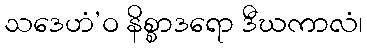
သဒေဟံ’ဝ နိစ္စာဒရော ဒီဃကာလံ၊